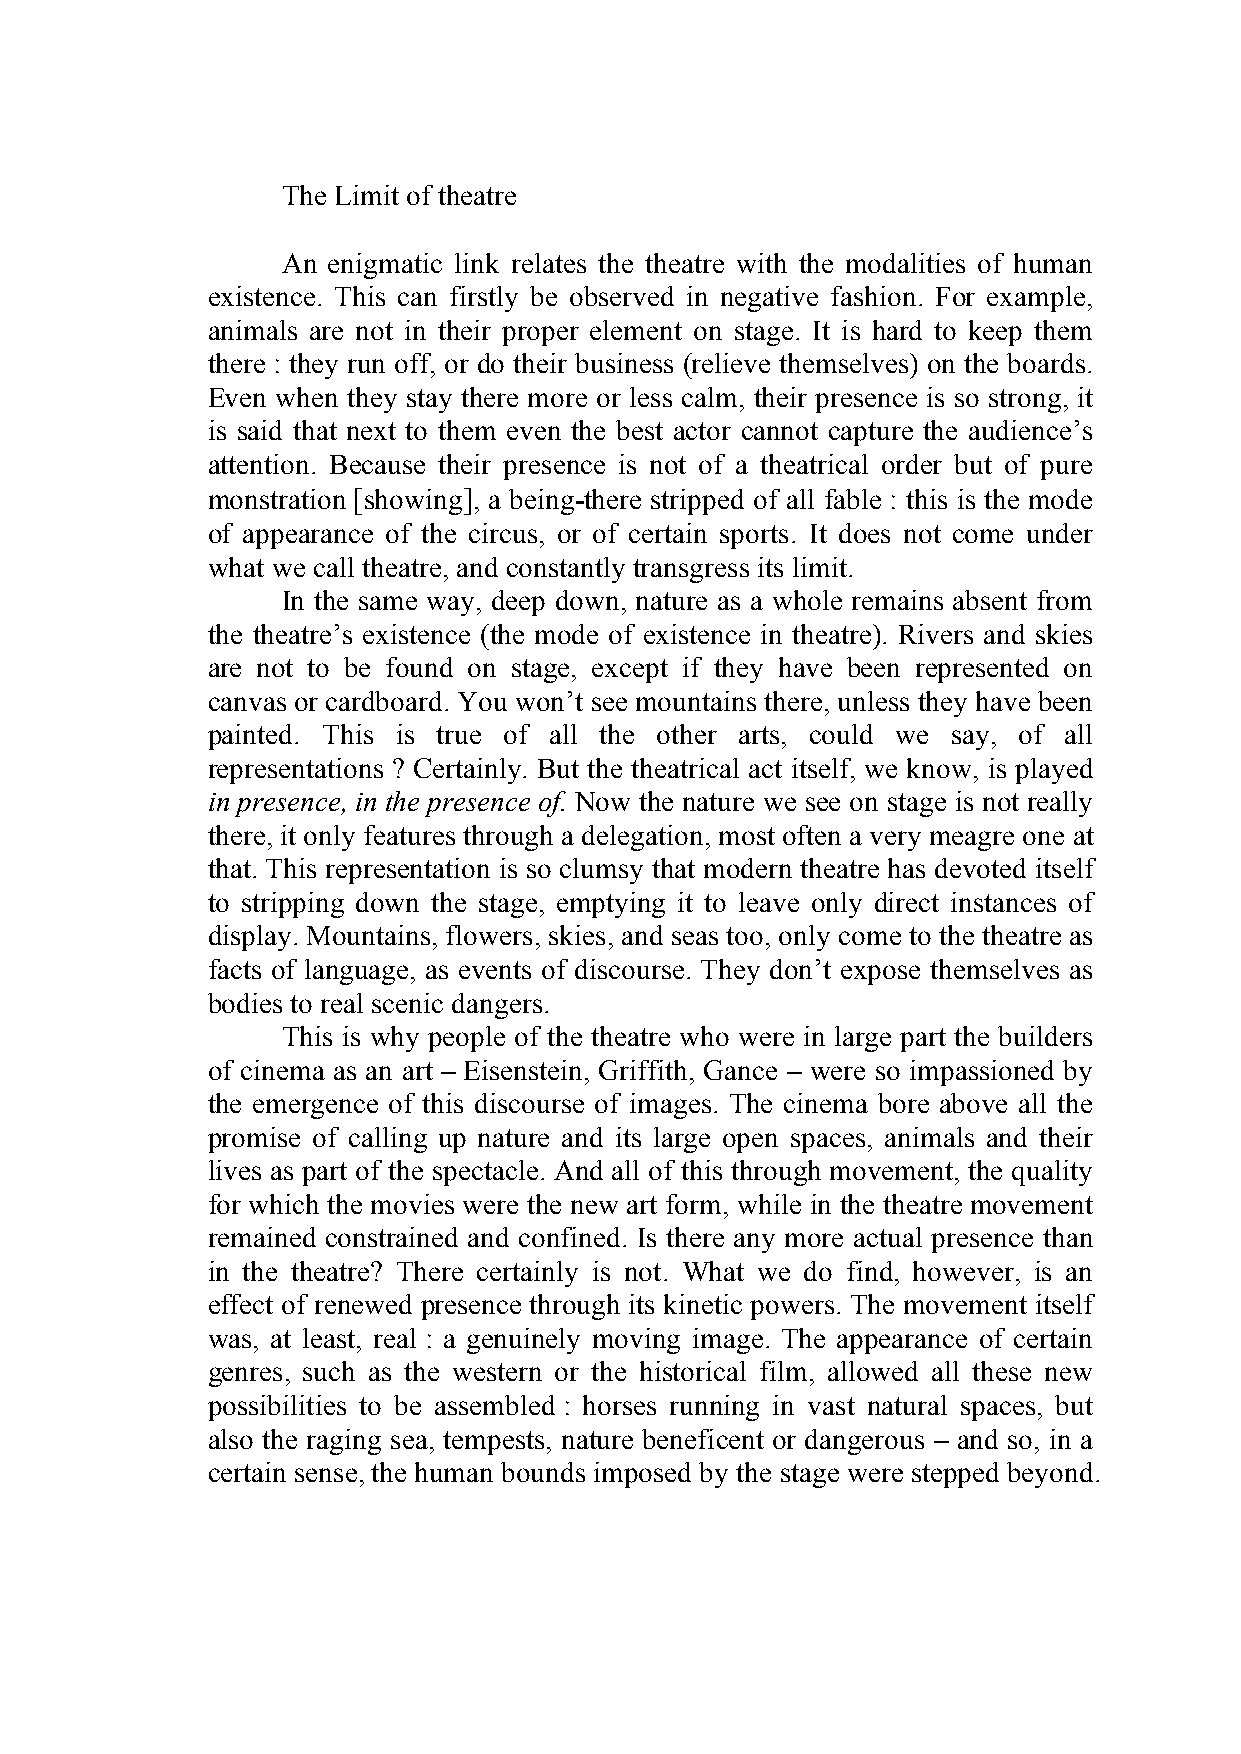
The Limit of theatre
 An enigmatic link relates the theatre with the modalities of human
 existence. This can firstly be observed in negative fashion. For example,
 animals are not in their proper element on stage. It is hard to keep them
 there : they run off, or do their business (relieve themselves) on the boards.
 Even when they stay there more or less calm, their presence is so strong, it
 is said that next to them even the best actor cannot capture the audience’s
 attention. Because their presence is not of a theatrical order but of pure
 monstration [showing], a being-there stripped of all fable : this is the mode
 of appearance of the circus, or of certain sports. It does not come under
 what we call theatre, and constantly transgress its limit.
 In the same way, deep down, nature as a whole remains absent from
 the theatre’s existence (the mode of existence in theatre). Rivers and skies
 are not to be found on stage, except if they have been represented on
 canvas or cardboard. You won’t see mountains there, unless they have been
 painted. This is true of all the other arts, could we say, of all
 representations ? Certainly. But the theatrical act itself, we know, is played
 in presence, in the presence of. Now the nature we see on stage is not really
 there, it only features through a delegation, most often a very meagre one at
 that. This representation is so clumsy that modern theatre has devoted itself
 to stripping down the stage, emptying it to leave only direct instances of
 display. Mountains, flowers, skies, and seas too, only come to the theatre as
 facts of language, as events of discourse. They don’t expose themselves as
 bodies to real scenic dangers.
 This is why people of the theatre who were in large part the builders
 of cinema as an art – Eisenstein, Griffith, Gance – were so impassioned by
 the emergence of this discourse of images. The cinema bore above all the
 promise of calling up nature and its large open spaces, animals and their
 lives as part of the spectacle. And all of this through movement, the quality
 for which the movies were the new art form, while in the theatre movement
 remained constrained and confined. Is there any more actual presence than
 in the theatre? There certainly is not. What we do find, however, is an
 effect of renewed presence through its kinetic powers. The movement itself
 was, at least, real : a genuinely moving image. The appearance of certain
 genres, such as the western or the historical film, allowed all these new
 possibilities to be assembled : horses running in vast natural spaces, but
 also the raging sea, tempests, nature beneficent or dangerous – and so, in a
 certain sense, the human bounds imposed by the stage were stepped beyond.